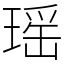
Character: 瑶